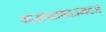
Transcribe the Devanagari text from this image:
म्दअपतवदउमदज